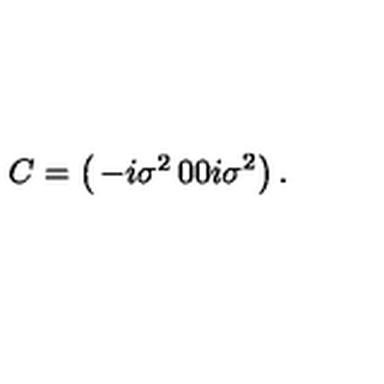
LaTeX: C = \left( \begin{matrix} { - i \sigma ^ { 2 } } & { 0 } \\ { 0 } & { i \sigma ^ { 2 } } \\ \end{matrix} \right) .